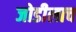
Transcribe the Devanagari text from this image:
जोडीलाच